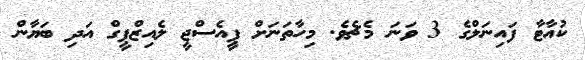
ކުއާޓާ ފައިނަލްގެ 3 ވަނަ މެޗެވެ. މިހާތަނަށް ޕީއެސްޖީ ލެއިޒްޕީގް އަދި ބަޔާން